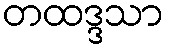
တထဒ္ဒသာ